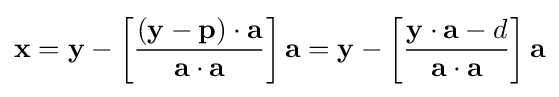
\mathbf {x} =\mathbf {y} -\left[{\dfrac {(\mathbf {y} -\mathbf {p} )\cdot \mathbf {a} }{\mathbf {a} \cdot \mathbf {a} }}\right]\mathbf {a} =\mathbf {y} -\left[{\dfrac {\mathbf {y} \cdot \mathbf {a} -d}{\mathbf {a} \cdot \mathbf {a} }}\right]\mathbf {a}